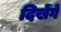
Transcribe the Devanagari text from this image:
दिखेंगें